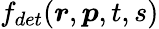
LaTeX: f_{det}(\boldsymbol{r},\boldsymbol{p},t,s)